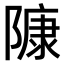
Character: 𨻷